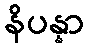
နိပန္နာ